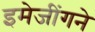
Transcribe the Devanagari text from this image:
इमेजींगने